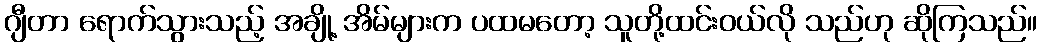
ဂျီတာ ရောက်သွားသည့် အချို့ အိမ်များက ပထမတော့ သူတို့ထင်းဝယ်လို သည်ဟု ဆိုကြသည်။